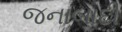
જનાબાદી